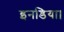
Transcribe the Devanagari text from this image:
इनडिया।